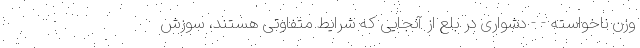
وزن ناخواسته - - دشواری در بلع از آنجایی که شرایط متفاوتی هستند، سوزش